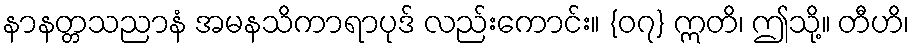
နာနတ္တသညာနံ အမနသိကာရာပုဒ် လည်းကောင်း။ {၀၇} ဣတိ၊ ဤသို့။ တီဟိ၊